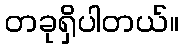
တခုရှိပါတယ်။